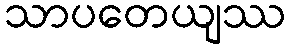
သာပတေယျဿ